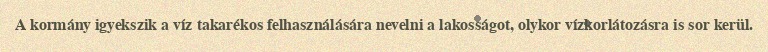
A kormány igyekszik a víz takarékos felhasználására nevelni a lakosságot, olykor vízkorlátozásra is sor kerül.